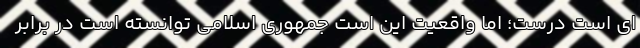
ای است درست؛ اما واقعیت این است جمهوری اسلامی توانسته است در برابر